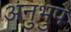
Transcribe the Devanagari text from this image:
अनुभुप